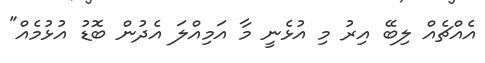
އެއްޗެއް ލިބޭ އިރު މި އުޅެނީ މާ އަމިއްލަ އެދުން ބޮޑު އުޅުމެއް"